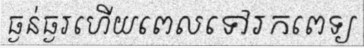
ធ្ងន់ធ្ងរហើយពេលទៅរកពេទ្យ